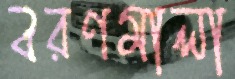
বরণমালা